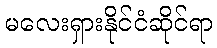
မလေးရှားနိုင်ငံဆိုင်ရာ